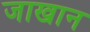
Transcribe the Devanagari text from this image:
जाखान